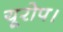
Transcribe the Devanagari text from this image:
यूरोप।